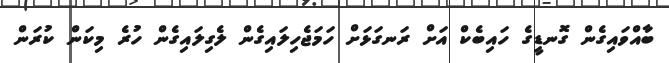
ބާއްވައިގެން ގޮނޑީގެ ހައިބެކް އަށް ރަނގަޅަށް ހަމަޖެހިލައިގެން ލެގިލައިގެން ހުރެ މިކަން ކުރަން